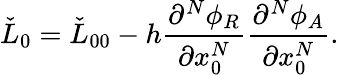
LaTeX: \check{L}_{0}=\check{L}_{00}-h{\frac{\partial^{N}\phi_{R}}{\partial x_{0}^{N}}}{\frac{\partial^{N}\phi_{A}}{\partial x_{0}^{N}}}.